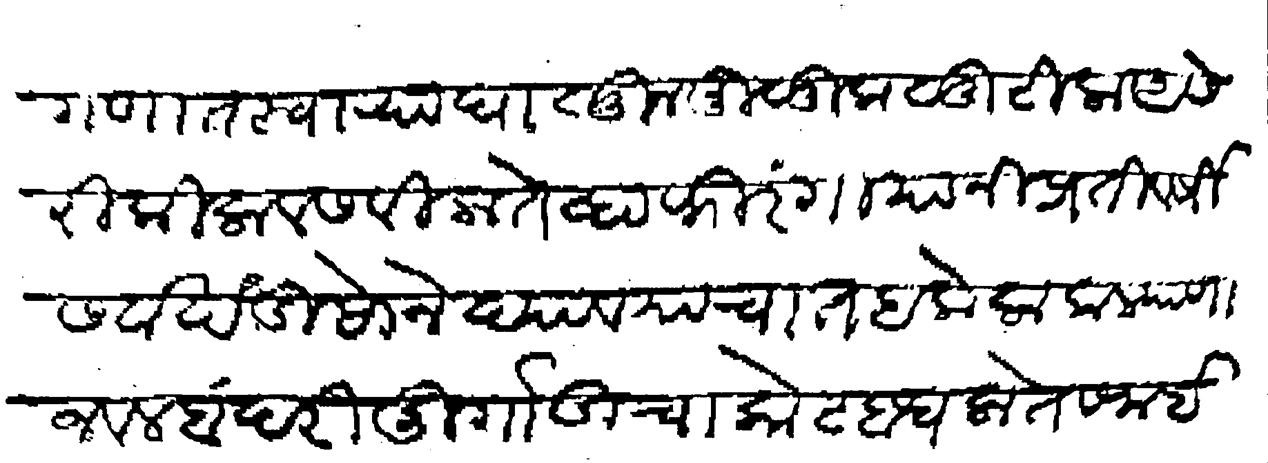
Transliteration (Devanagari): फिरगणात स्वाऱ्या घाळून मुळुक लुटिला असेरी किला वसविला तेव्हा फिरंगीयानी प्रतीवर्षी सवाखंडी सोने द्यावयाचा तह केला कल्याणा जवल बंदरी दुर्गाडीचा कोट बांधला ते समई